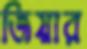
জিয়ার